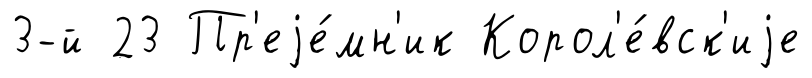
3-й 23 Пр'еjе́мн'ик Корол'е́вск'иjе